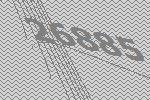
26885